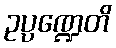
ဥပ္ပဏ္ဍေတိ